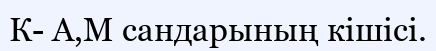
К- А,М сандарының кішісі.